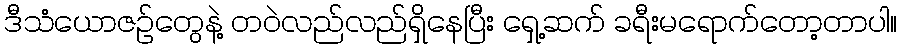
ဒီသံယောဇဉ်တွေနဲ့ တဝဲလည်လည်ရှိနေပြီး ရှေ့ဆက် ခရီးမရောက်တော့တာပါ။